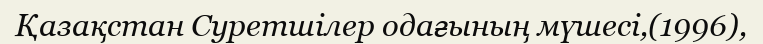
Қазақстан Суретшілер одағының мүшесі,(1996),